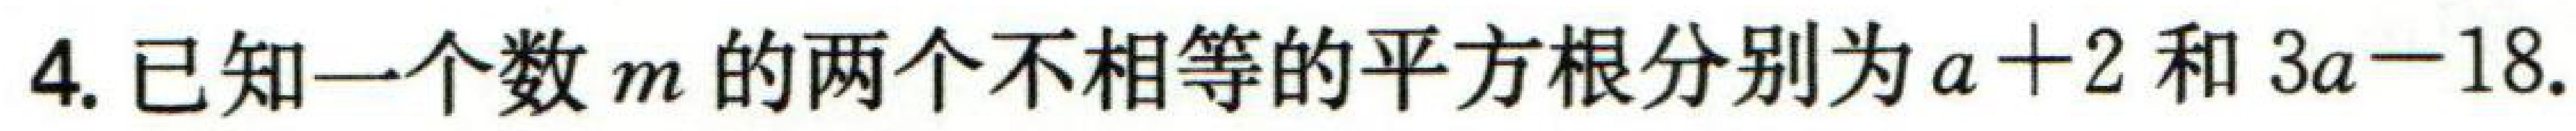
4. 已知一个数\(m\)的两个不相等的平方根分别为\(a + 2\)和\(3a - 18\).